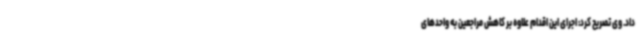
داد. وی تصریح کرد: اجرای این اقدام علاوه بر کاهش مراجعین به واحدهای